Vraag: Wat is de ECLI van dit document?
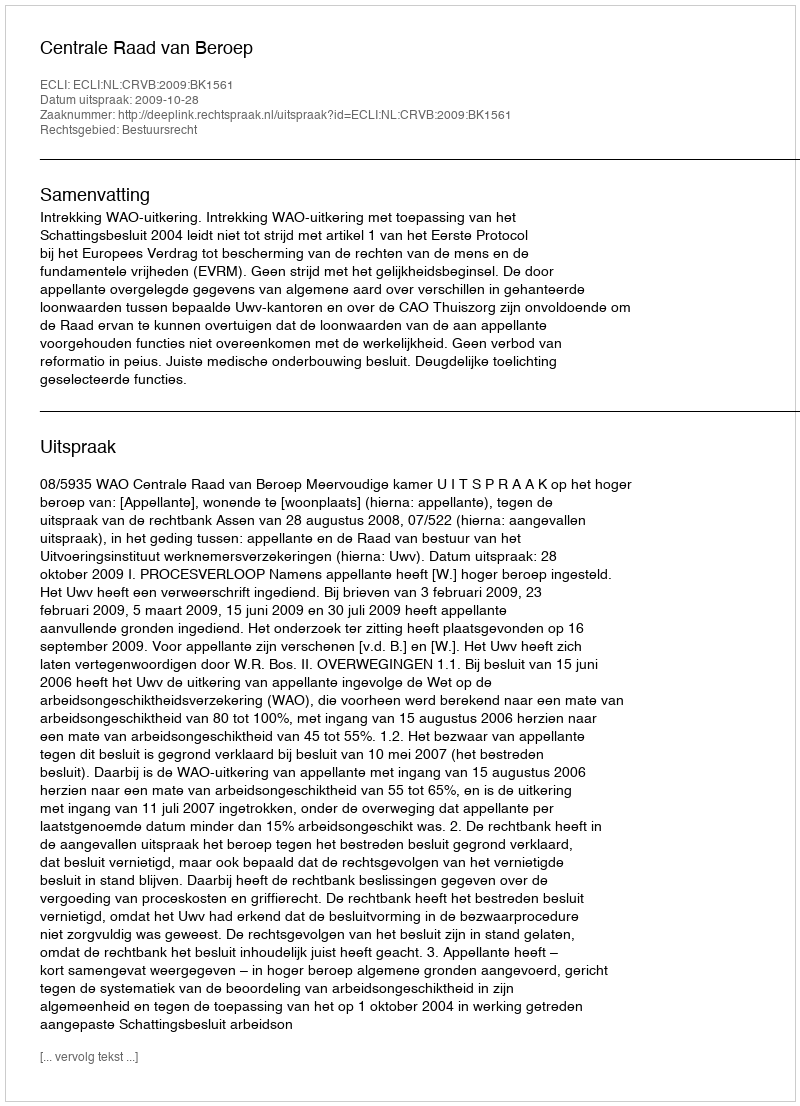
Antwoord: ECLI:NL:CRVB:2009:BK1561